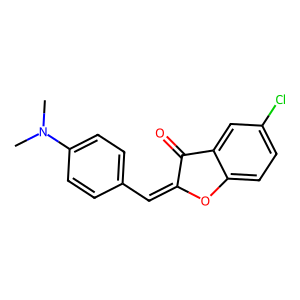
SMILES: CN(C)c1ccc(C=C2Oc3ccc(Cl)cc3C2=O)cc1
Inhibits HIV replication: No